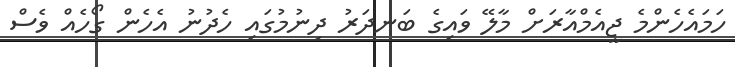
ހަމައެހެންމެ ޖީއެމްއާރަށް މާލޭ ވައިގެ ބަނދަރު ދިނުމުގައި ހެދުނު އެހެން ގޯހެއް ވެސް